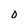
Character: o